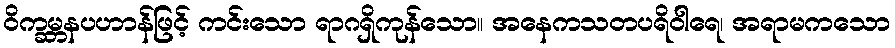
ဝိက္ခမ္ဘနပဟာန်ဖြင့် ကင်းသော ရာဂရှိကုန်သော။ အနေကသတပရိဝါရေ၊ အရာမကသော